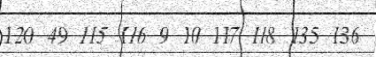
120 49 115 116 9 10 117 118 135 136